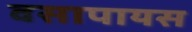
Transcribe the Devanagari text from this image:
वसापायस